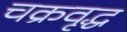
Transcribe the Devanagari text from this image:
चक्रवृद्ध